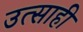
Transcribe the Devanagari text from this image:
उत्‍साही